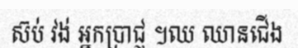
ស៊ប់ វង់ អ្នកប្រាជ្ញ ។ឈ ឈានជើង